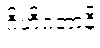
ဂိဟိဂတာနိ